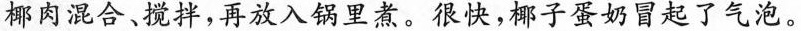
椰肉混合、搅拌，再放入锅里煮。很快，椰子蛋奶冒起了气泡。